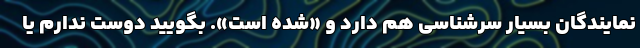
نمایندگان بسیار سرشناسی هم دارد و «شده است». بگویید دوست ندارم یا